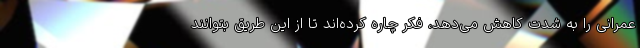
عمرانی را به شدت کاهش می‌دهد، فکر چاره کرده‌اند تا از این طریق بتوانند